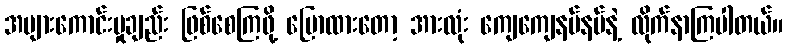
အများကောင်းမှုချည်း ဖြစ်စေကြဖို့ ပြောထားတော့ အားလုံး ကျေကျေနပ်နပ်နဲ့ လိုက်နာကြပါတယ်။